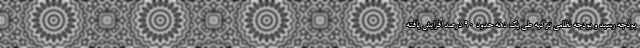
بودجه رسید و بودجه نظامی ترکیه طی یک دهه حدود 90 درصد افزایش یافته